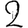
Digit: 2